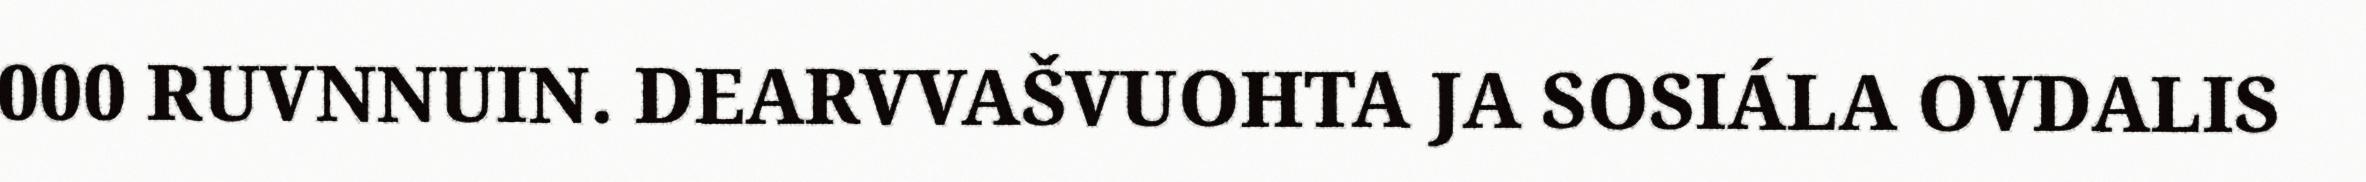
000 RUVNNUIN. DEARVVAŠVUOHTA JA SOSIÁLA OVDALIS